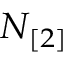
N _ { [ 2 ] }